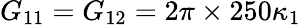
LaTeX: G_{11}=G_{12}=2\pi\times 250\kappa_{1}